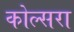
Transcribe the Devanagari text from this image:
कोल्‍सरा